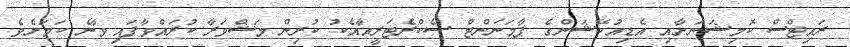
ރައިޓްސް ކޮމިޝަނަށާއި އެޑިއުކޭޝަންގެ ޕާމަނަންޓް ސެކްރެޓަރީއާއެކު ކުރިން މަޝްވަރާ ކުރައްވާފައި ވާނެ ކަމަށެވެ.